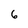
Character: 6